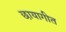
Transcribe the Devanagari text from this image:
छायागीत